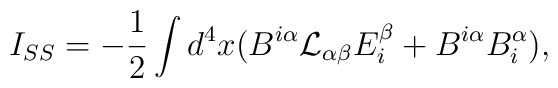
I_{SS} = -\frac{1}{2} \int d^4x (B^{i\alpha}{\cal L}_{\alpha \beta} E_{i}^{\beta} + B^{i\alpha}B^{\alpha}_i),